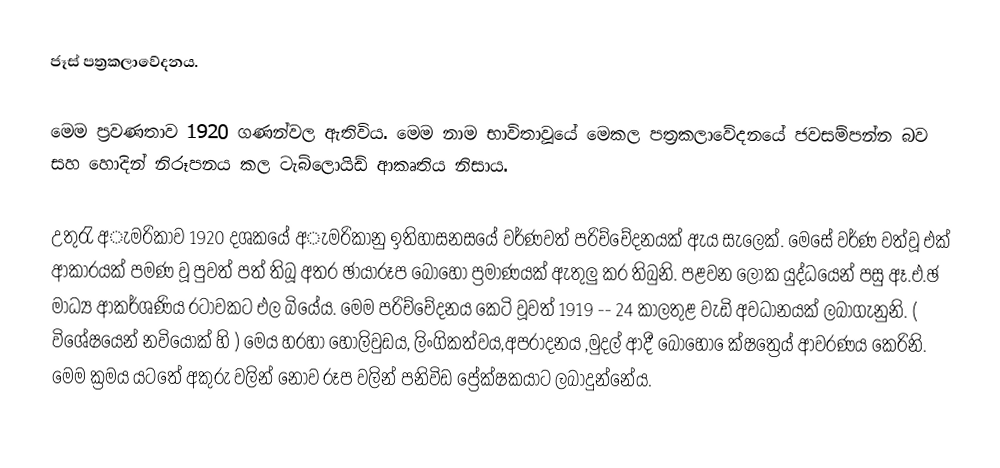
ජෑස් පත්‍රකලාවේදනය.

මෙම ප්‍රවණතාව 1920 ගණන්වල ඇතිවිය. මෙම නාම භාවිතාවූයේ මෙකල පත්‍රකලාවේදනයේ ජවසම්පන්න බව සහ හොදින් නිරූපනය කල ටැබ්ලොයිඩ් ආකෘතිය නිසාය.

උතුරැ අැමරිකාව 1920  දශකයේ අැමරිකානු ඉතිහාසනසයේ වර්ණවත් පරිච්චේදනයක් ඇය සැලෙක්. මෙසේ වර්ණ වත්වූ එක් ආකාරයක් පමණ වූ පුවත් පත් තිබූ අතර ඡායාරූප බොහෝ ප්‍රමාණයක් ඇතුලු කර තිබුනි. පළවන ලෝක යුද්ධයෙන් පසු ඈ.එ.ඡ මාධ්‍ය ආකර්ශණිය රටාවකට එල බියේය. මෙම පරිච්චේදනය කෙටි වූවත් 1919 -- 24 කාලතුළ වැඩි අවධානයක් ලබාගැනුනි. ( විශේෂයෙන් නවියෝක් හි ) මෙය හරහා හොලිවුඩය, ලිංගිකත්වය,අපරාදනය ,මුදල් ආදී බොහෝ ෙක්ෂත්‍රෙය් ආවරණය කෙරිනි. මෙම ක්‍රමය යටතේ අකුරු වලින් නොව රූප වලින් පනිවිඩ ප්‍රේක්ෂකයාට ලබාදුන්නේය.